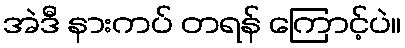
အဲဒီ နားကပ် တရန် ကြောင့်ပဲ။